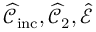
\widehat { \mathcal { C } } _ { \mathrm { i n c } } , \widehat { \mathcal { C } } _ { 2 } , \widehat { \mathcal { E } }